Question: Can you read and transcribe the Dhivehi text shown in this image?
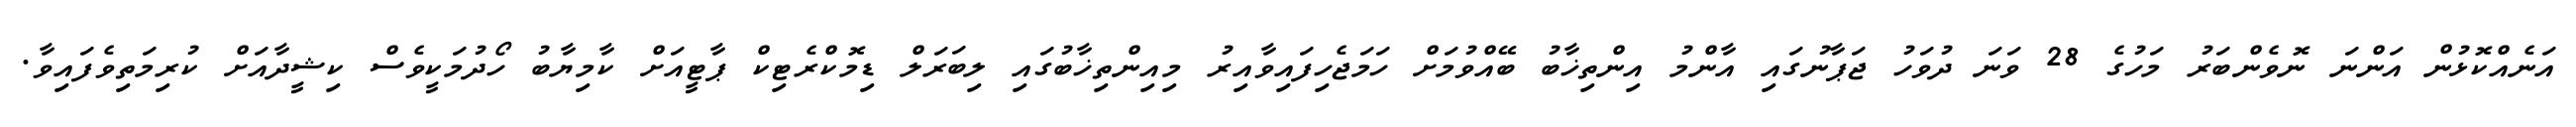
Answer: އަނެއްކޮޅުން އަންނަ ނޮވެންބަރު މަހުގެ 28 ވަނަ ދުވަހު ޖަޕާނުގައި އާންމު އިންތިޚާބު ބޭއްވުމަށް ހަމަޖެހިފައިވާއިރު މިއިންތިޚާބުގައި ލިބަރަލް ޑިމޮކްރެޓިކް ޕާޓީއަށް ކާމިޔާބު ހޯދުމަކީވެސް ކިޝީދާއަށް ކުރިމަތިވެފައިވާ.